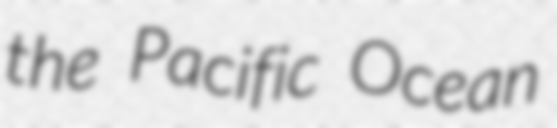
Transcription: the Pacific Ocean